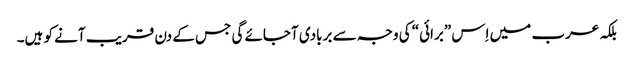
بلکہ عرب میں اِس ”برائی“ کی وجہ سے بربادی آجائے گی جس کے دن قریب آنے کو ہیں۔